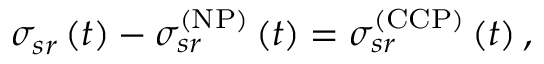
\sigma _ { s r } \left( t \right) - \sigma _ { s r } ^ { \left( \mathrm { N P } \right) } \left( t \right) = \sigma _ { s r } ^ { \left( \mathrm { C C P } \right) } \left( t \right) ,